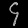
Digit: ၄